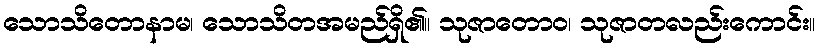
သောသိတောနာမ၊ သောသိတအမည်ရှိ၏။ သုဇာတောဝ၊ သုဇာတလည်းကောင်း။